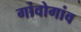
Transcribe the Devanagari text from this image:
गांवोगांव